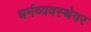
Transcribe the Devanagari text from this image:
धर्मव्यवस्थेवर